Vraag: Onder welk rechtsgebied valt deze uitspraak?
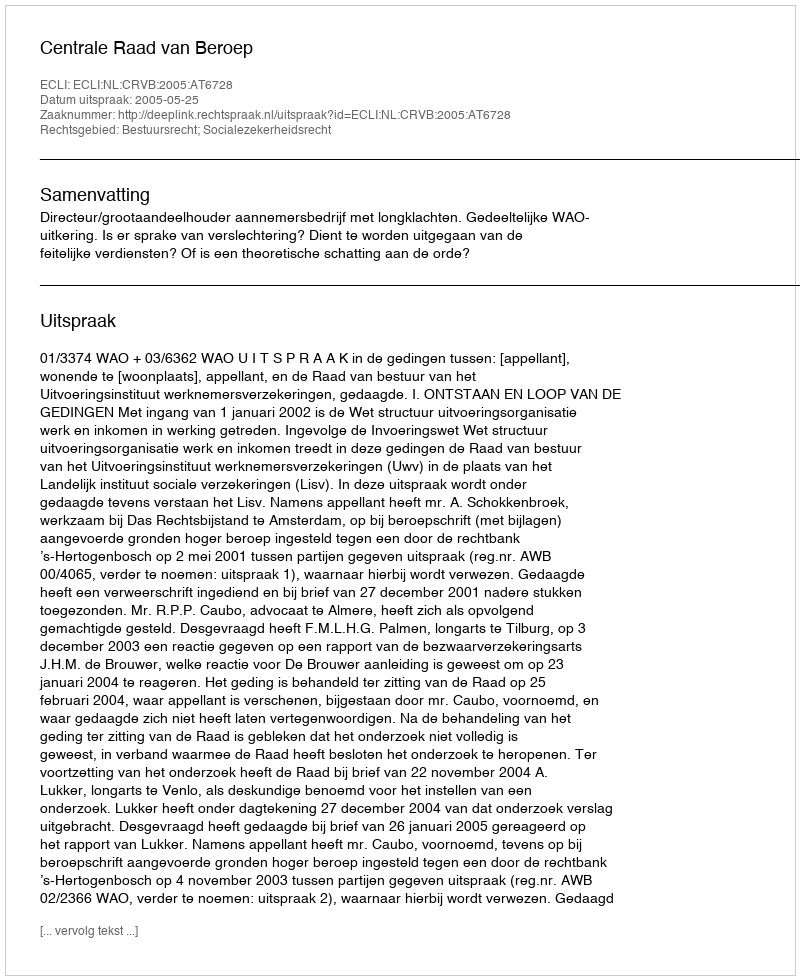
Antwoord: Bestuursrecht; Socialezekerheidsrecht